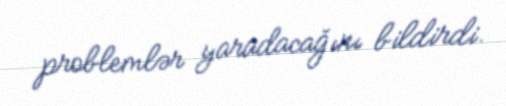
problemlər yaradacağını bildirdi.